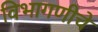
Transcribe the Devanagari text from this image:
विभागणीचे